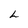
Character: L